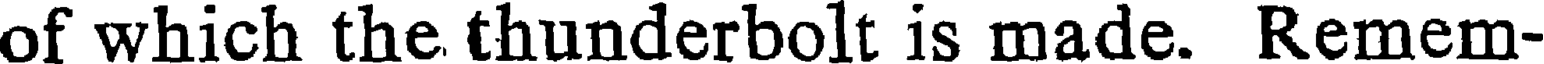
of which the thunderbolt is made. Remem-